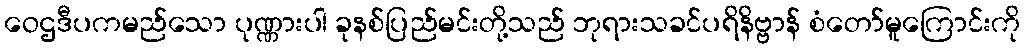
ဝေဌဒီပကမည်သော ပုဏ္ဏားပါ ခုနစ်ပြည်မင်းတို့သည် ဘုရားသခင်ပရိနိဗ္ဗာန် စံတော်မူကြောင်းကို